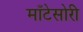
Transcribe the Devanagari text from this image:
माँटेसोरी